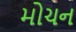
મોચન